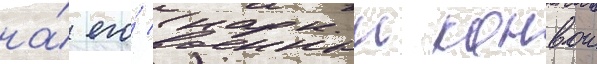
на́ его́ военныи конвои